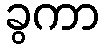
ခွကာ